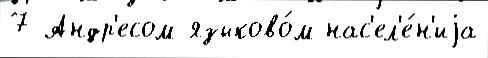
7 Андр'есом языково́м нас'ел'е́н'иjа